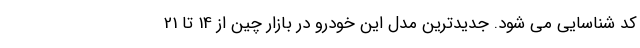
کد شناسایی می شود. جدیدترین مدل این خودرو در بازار چین از 14 تا 21